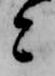
と